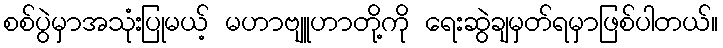
စစ်ပွဲမှာအသုံးပြုမယ့် မဟာဗျူဟာတို့ကို ရေးဆွဲချမှတ်ရမှာဖြစ်ပါတယ်။